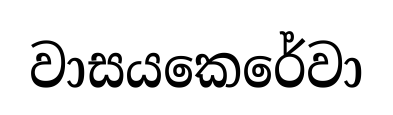
වාසයකෙරේවා